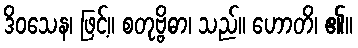
ဒိဝသေန၊ ဖြင့်။ စတုဗ္ဗိဓာ၊ သည်။ ဟောတိ၊ ၏။